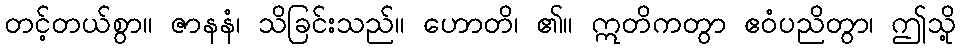
တင့်တယ်စွာ။ ဇာနနံ၊ သိခြင်းသည်။ ဟောတိ၊ ၏။ ဣတိကတွာ ဧဝံပညိတွာ၊ ဤသို့